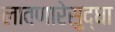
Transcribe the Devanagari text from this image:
लावणारेसुद्धा